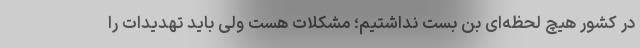
در کشور هیچ لحظه‌ای بن بست نداشتیم؛ مشکلات هست ولی باید تهدیدات را